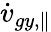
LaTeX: \dot{v}_{gy,\parallel}